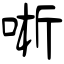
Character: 唽